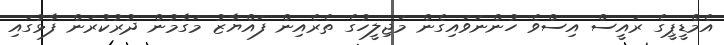
އެމްޑީޕީގެ ރައީސް އިސްވެ ހުންނަވައިގެން މަޖިލީހުގެ ތެރެއިން ފައްޔާޒު މަގާމުން ދުރުކުރަން ފާޅުގައި